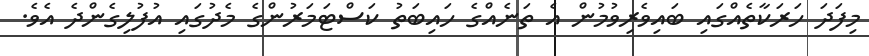
މިފަދަ ހަރަކާތެއްގައި ބައިވެރިވުމުން އެ ތަނެއްގެ ހައިބަތު ކަސްޓަމަރުންގެ މެދުގައި އުފުލިގެންދެ އެވެ.